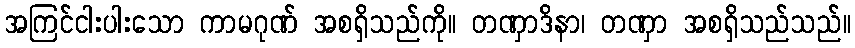
အကြင်ငါးပါးသော ကာမဂုဏ် အစရှိသည်ကို။ တဏှာဒိနာ၊ တဏှာ အစရှိသည်သည်။